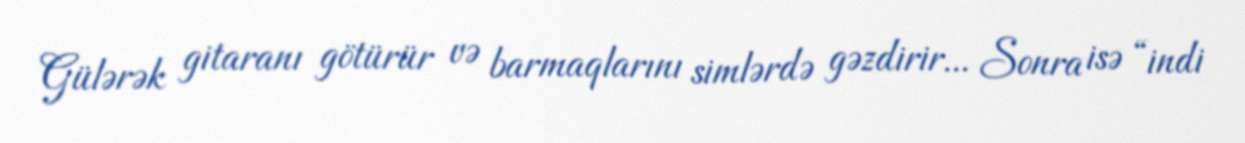
Gülərək gitaranı götürür və barmaqlarını simlərdə gəzdirir... Sonra isə “indi